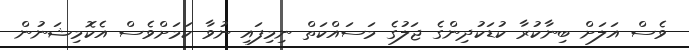
ވެސް އަލަށް ބިނާކުރާ ކުޑަކުދިންގެ ޖަލުގެ މަސައްކަތް ނިމިފައި ނުވާ ކަމަށްވެސް އެކޮމިޝަނުން